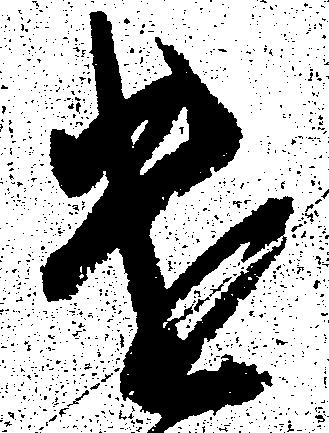
遣